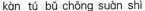
kàn tú bǔ chōng suàn shì